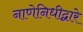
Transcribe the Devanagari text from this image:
नाणेनिधीद्वारे